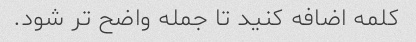
کلمه اضافه کنید تا جمله واضح تر شود.